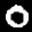
Label: 0